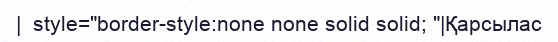
|  style="border-style:none none solid solid; "|Қарсылас